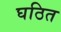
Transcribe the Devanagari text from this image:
घठित